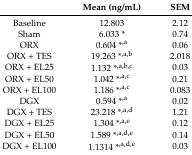
<table><thead><tr><td></td><td><b>Mean (ng/mL)</b></td><td><b>SEM</b></td></tr></thead><tbody><tr><td>Baseline</td><td>12.803</td><td>2.12</td></tr><tr><td>Sham</td><td>6.033 *</td><td>0.74</td></tr><tr><td>ORX</td><td>0.604 *<sup>,a</sup></td><td>0.06</td></tr><tr><td>ORX + TES</td><td>19.263 *<sup>,a,b</sup></td><td>2.018</td></tr><tr><td>ORX + EL25</td><td>1.132 *<sup>,a,b,c</sup></td><td>0.03</td></tr><tr><td>ORX + EL50</td><td>1.042 *<sup>,a,c</sup></td><td>0.21</td></tr><tr><td>ORX + EL100</td><td>1.186 *<sup>,a,c</sup></td><td>0.083</td></tr><tr><td>DGX</td><td>0.594 *<sup>,a</sup></td><td>0.02</td></tr><tr><td>DGX + TES</td><td>23.218 *<sup>,a,d</sup></td><td>1.21</td></tr><tr><td>DGX + EL25</td><td>1.304 *<sup>,a,e</sup></td><td>0.12</td></tr><tr><td>DGX + EL50</td><td>1.589 *<sup>,a,d,e</sup></td><td>0.14</td></tr><tr><td>DGX + EL100</td><td>1.1314 *<sup>,a,d,e</sup></td><td>0.03</td></tr></tbody></table>